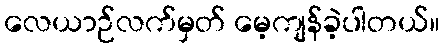
လေယာဉ်လက်မှတ် မေ့ကျန်ခဲ့ပါတယ်။